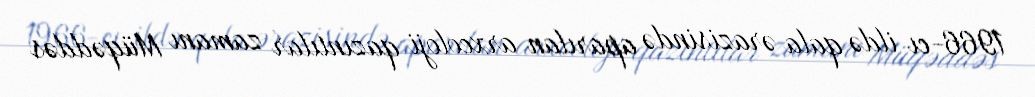
1966-cı ildə qala ərazisində aparılan arxeoloji qazıntılar zamanı Müqəddəs